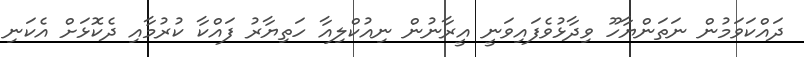
ދައްކަވަމުން ނަތަންޔާހޫ ވިދާޅުވެފައިވަނީ އީރާނުން ނިއުކްލިއާ ހަތިޔާރު ފައްކާ ކުރުމާއި ދެކޮޅަށް އެކަނި